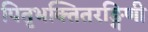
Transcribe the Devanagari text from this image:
पितृभक्तितरङ्गिणी